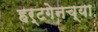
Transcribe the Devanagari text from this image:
हर्टगेनच्या